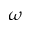
\omega